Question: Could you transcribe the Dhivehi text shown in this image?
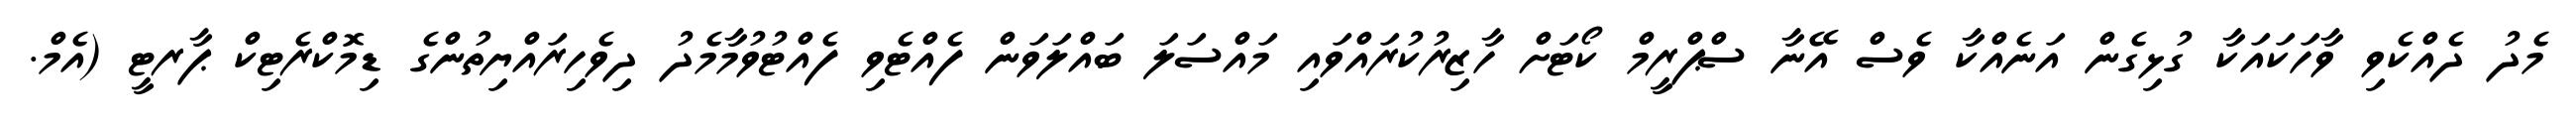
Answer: މެދު ދެއްކެވި ވާހަކައަކާ ގުޅިގެން އަނެއްކާ ވެސް އޭނާ ސްޕްރީމް ކޯޓަށް ހާޒިރުކުރައްވައި މައްސަލަ ބައްލަވަން ފެއްޓެވި ފެއްޓުވުމާމެދު ދިވެހިރައްޔިތުންގެ ޑިމޮކްރެޓިކް ޕާރޓީ (އެމް.